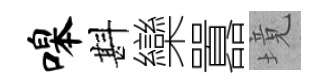
嗥斟欒囂境